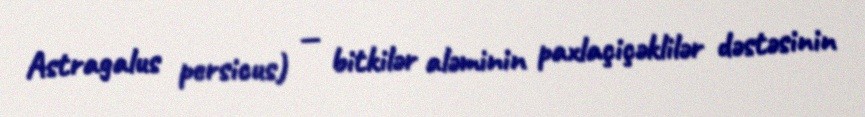
Astragalus persicus) — bitkilər aləminin paxlaçiçəklilər dəstəsinin